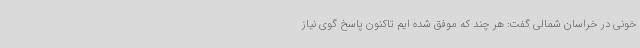
خونی در خراسان شمالی گفت: هر چند که موفق شده ایم تاکنون پاسخ گوی نیاز